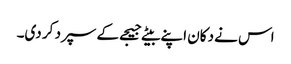
اس نے دکان اپنے بیٹے جیجے کے سپرد کر دی۔